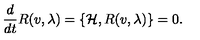
{ \frac { d } { d t } } R ( v , \lambda ) = \{ \mathcal { H } , R ( v , \lambda ) \} = 0 .